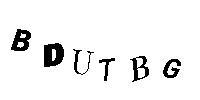
BDUTBG